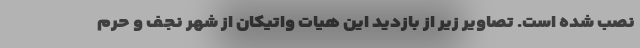
نصب شده است. تصاویر زیر از بازدید این هیات واتیکان از شهر نجف و حرم